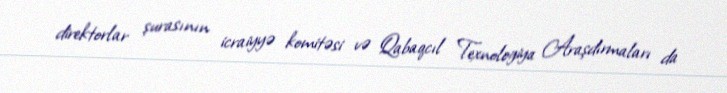
direktorlar şurasının icraiyyə komitəsi və Qabaqcıl Texnologiya Araşdırmaları da